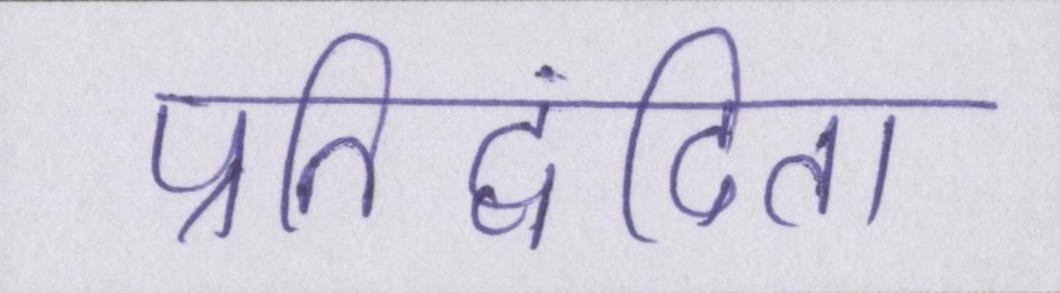
प्रतिद्वंदिता